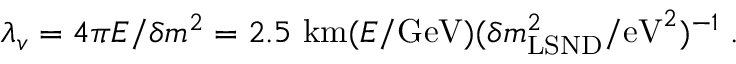
\lambda _ { v } = 4 \pi E / \delta m ^ { 2 } = 2 . 5 \mathrm { ~ k m } ( E / \mathrm { G e V } ) ( \delta m _ { \mathrm { L S N D } } ^ { 2 } / \mathrm { e V } ^ { 2 } ) ^ { - 1 } \; .